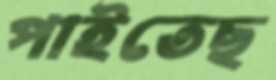
পাইতেছ